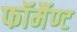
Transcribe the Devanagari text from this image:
फॉर्मैण्ट